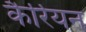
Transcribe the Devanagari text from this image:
कैर्रियन